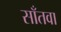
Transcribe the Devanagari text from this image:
साँतवा